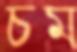
চম